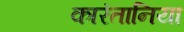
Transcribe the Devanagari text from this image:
कारंतानिया